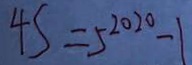
4 s = 5 ^ { 2 0 2 0 } - 1